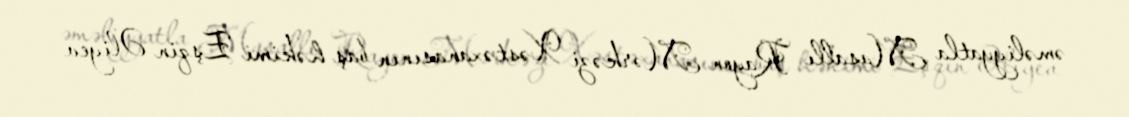
əməliyyatla Masallı Rayon Mərkəzi Xəstəxanasının baş həkimi Eşqin Əliyev